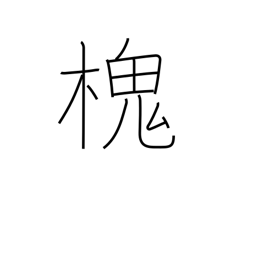
Meaning: type of Japanese pagoda tree